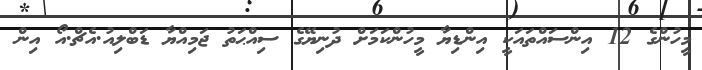
މީހުންގެ 12 އިންސައްތައަކީ އިންޑިޔާ މީހުންކަމަށް ދުނިޔޭގެ ސިއްޙަތު ޖަމިއްޔާ ޑަބްލިއު.އެޗް.އޯ އިން